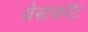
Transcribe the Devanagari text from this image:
वेस्टकॉट